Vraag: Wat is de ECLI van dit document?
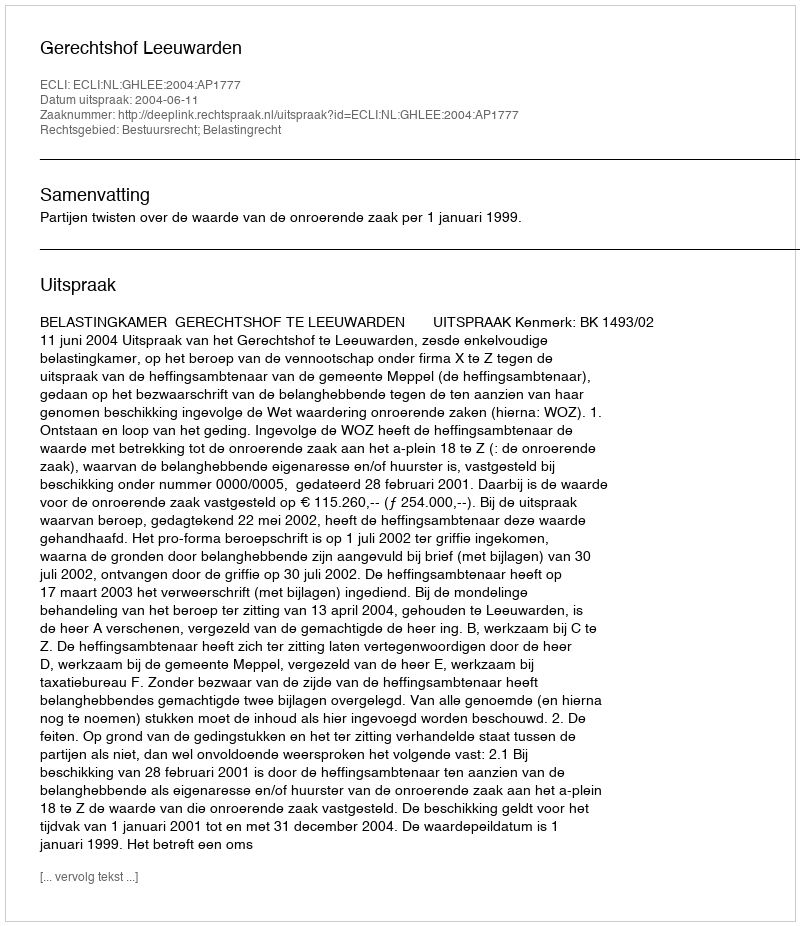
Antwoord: ECLI:NL:GHLEE:2004:AP1777